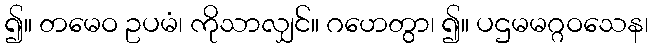
၍။ တမေဝ ဥပမံ၊ ကိုသာလျှင်။ ဂဟေတွာ၊ ၍။ ပဌမမဂ္ဂဝသေန၊